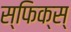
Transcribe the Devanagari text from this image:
स्फिक्स्